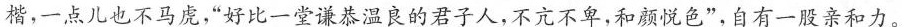
楷，一点儿也不马虎，”好比一堂谦恭温良的君子人，不亢不卑，和颜悦色”，自有一股亲和力。